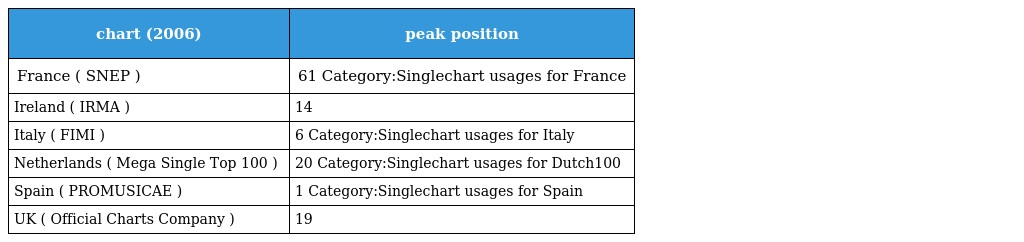
| chart (2006) | peak position |
 | --- | --- |
 | France ( SNEP ) | 61 Category:Singlechart usages for France |
 | Ireland ( IRMA ) | 14 |
 | Italy ( FIMI ) | 6 Category:Singlechart usages for Italy |
 | Netherlands ( Mega Single Top 100 ) | 20 Category:Singlechart usages for Dutch100 |
 | Spain ( PROMUSICAE ) | 1 Category:Singlechart usages for Spain |
 | UK ( Official Charts Company ) | 19 |